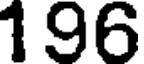
196